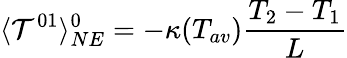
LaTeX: \langle{\cal T}^{01}\rangle_{NE}^{0}=-\kappa(T_{av})\frac{T_{2}-T_{1}}{L}